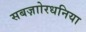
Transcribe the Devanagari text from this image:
सबज़ाोरधनिया